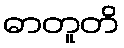
ဓာတူတိ